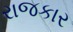
રાજકાર